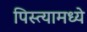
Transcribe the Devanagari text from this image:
पिस्त्यामध्ये